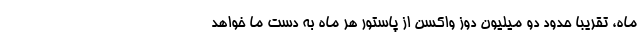
ماه، تقریبا حدود دو میلیون دوز واکسن از پاستور هر ماه به دست ما خواهد